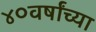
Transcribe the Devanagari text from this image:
४०वर्षांच्या